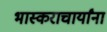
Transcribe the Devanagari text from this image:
भास्कराचार्यांना